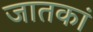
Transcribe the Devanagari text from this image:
जातकां